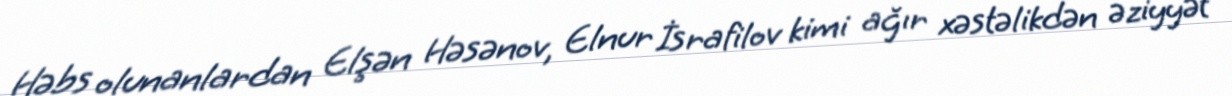
Həbs olunanlardan Elşən Həsənov, Elnur İsrafilov kimi ağır xəstəlikdən əziyyət